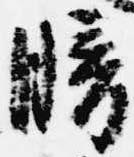
暗